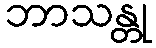
ဘာသန္တု